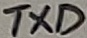
Text: TXD